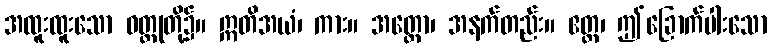
အထူးထူးသော ဝတ္ထုတို့၌။ ဣတိအယံ၊ ကား။ အတ္ထော၊ အနက်တည်း။ ဧတ္ထ၊ ဤခြောက်ပါးသော